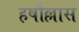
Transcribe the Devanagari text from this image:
हर्षौल्लास